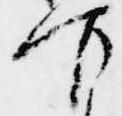
下